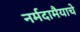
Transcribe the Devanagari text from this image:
नर्मदामैयाचे